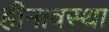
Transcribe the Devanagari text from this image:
हीनावस्था